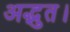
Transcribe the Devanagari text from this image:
अद्भुत।